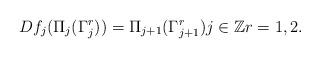
LaTeX: \begin{align*} Df_{j}(\Pi_{j}(\Gamma_{j}^{r}))=\Pi_{j+1}(\Gamma_{j+1}^{r}) j\in\mathbb{Z} r=1,2.\end{align*}